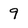
Character: 9